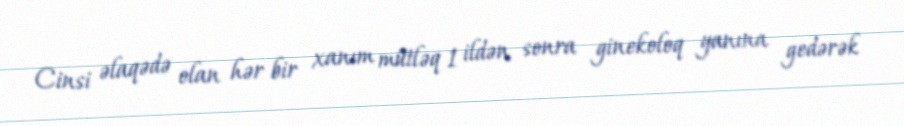
Cinsi əlaqədə olan hər bir xanım mütləq 1 ildən sonra ginekoloq yanına gedərək